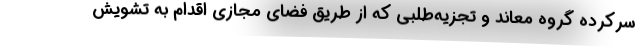
سرکرده گروه معاند و تجزیه‌طلبی که از طریق فضای مجازی اقدام به تشویش